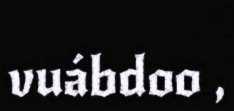
vuábdoo ,